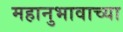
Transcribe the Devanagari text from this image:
महानुभावाच्या